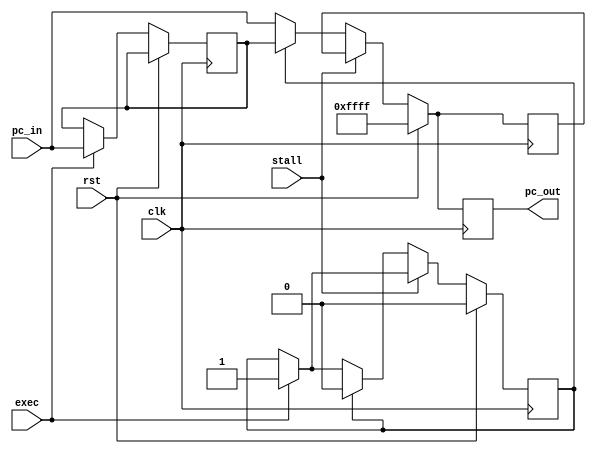
module pc(clk, rst, stall, exec, pc_in, pc_out);
    input clk;
	input rst;
	input stall;
	input exec;
    input [15:0] pc_in;
    output [15:0] pc_out;
  	
  	reg [15:0] pc_temp;
  	
  	reg [15:0] pc_out_reg;
  	reg exe, exea;
  	reg [15:0] pc_exec;
  	
	always@(posedge clk) begin
		if (rst) begin
			pc_out_reg <= 16'hffff;
			pc_temp <= 16'hffff;
			exe <= 0;
		end else
		begin
			if(exec) begin
				exe <= 1;
				pc_exec <= pc_in;//------- + 1;
			end
			if(!stall) begin
				if(exe) begin
					pc_out_reg <= pc_exec;
					pc_temp <= pc_exec;
					exe <= 0;
				end else begin
					pc_out_reg <= pc_in;
					pc_temp <= pc_in;
				end
			end else begin
				pc_out_reg <= pc_temp;
			end
		end
	end	
	
	assign pc_out = pc_out_reg;

endmodule